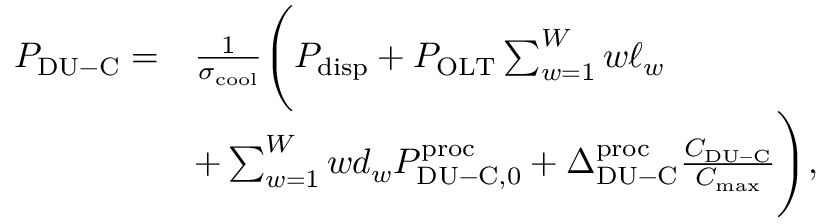
\begin{array} { r l } { P _ { \mathrm { D U - C } } = } & { \frac { 1 } { \sigma _ { \mathrm { c o o l } } } \Bigg ( P _ { \mathrm { d i s p } } + P _ { \mathrm { O L T } } \sum _ { w = 1 } ^ { W } w \ell _ { w } } \\ & { + \sum _ { w = 1 } ^ { W } w d _ { w } P _ { \mathrm { D U - C , 0 } } ^ { \mathrm { p r o c } } + \Delta _ { \mathrm { D U - C } } ^ { \mathrm { p r o c } } \frac { C _ { \mathrm { D U - C } } } { C _ { \mathrm { m a x } } } \Bigg ) , } \end{array}